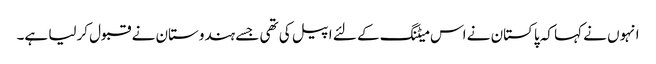
انہوں نے کہا کہ پاکستان نے اس میٹنگ کے لئے اپیل کی تھی جسے ہندوستان نے قبول کرلیا ہے۔